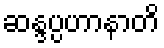
ဆန္ဒပ္ပဟာနာတိ